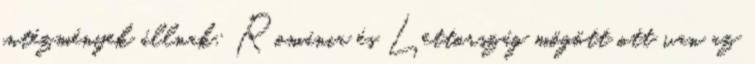
intézmények állnak: Románia és Lettország mögött ott van az